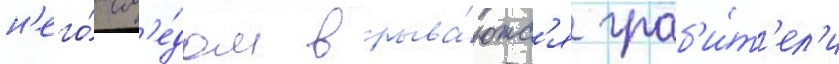
н'его́ сл'е́дом врыва́ютс'я граб'и́т'ел'и